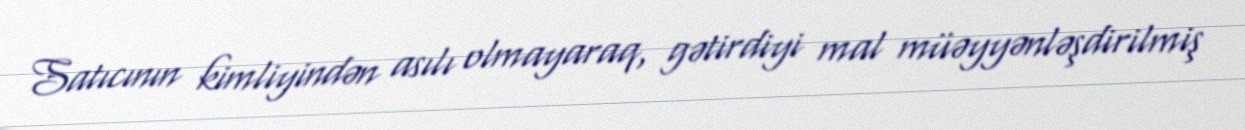
Satıcının kimliyindən asılı olmayaraq, gətirdiyi mal müəyyənləşdirilmiş